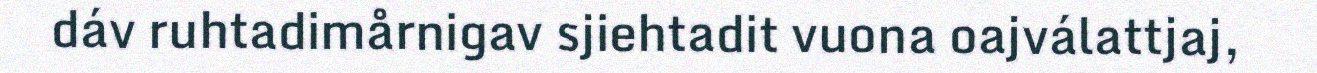
dáv ruhtadimårnigav sjiehtadit vuona oajválattjaj,